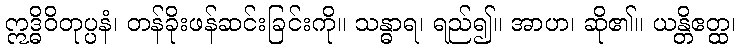
ဣဒ္ဓိဝိတုပ္ပနံ၊ တန်ခိုးဖန်ဆင်းခြင်းကို။ သန္ဓာရ၊ ရည်၍။ အာဟ၊ ဆို၏။ ယန္တိဧတ္ထ၊